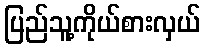
ပြည်သူ့ကိုယ်စားလှယ်